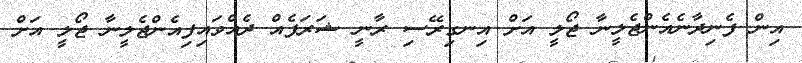
އިން ފެނިދާނެއެންޖެލީނާ ޖޯލީ އަށް އިނގިރޭސި ރާނީ ޝަރަފެއް ދެއްވައިފިއެންޖެލީނާ ޖޯލީ އަށް